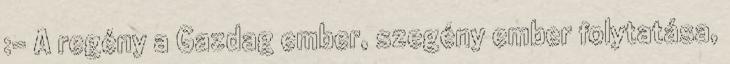
:- A regény a Gazdag ember, szegény ember folytatása,